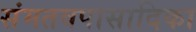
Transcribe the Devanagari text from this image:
संमतवपासादिका